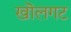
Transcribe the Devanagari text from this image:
खॊलगट